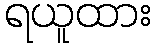
ရယူထား